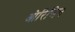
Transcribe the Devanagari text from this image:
आ॓रिजिन